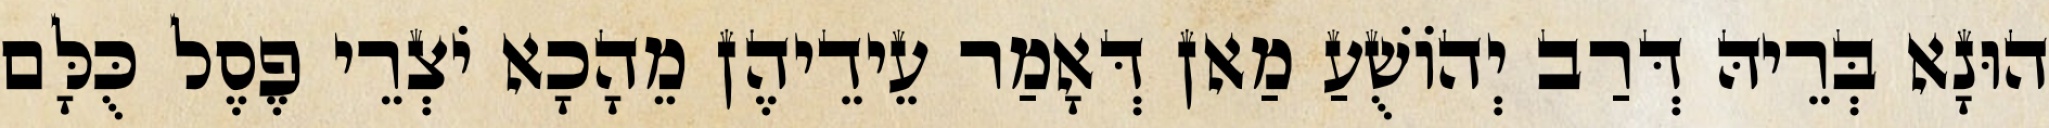
הוּנָא בְּרֵיהּ דְּרַב יְהוֹשֻׁעַ מַאן דְּאָמַר עֵידֵיהֶן מֵהָכָא יֹצְרֵי פֶסֶל כֻּלָּם